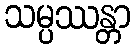
သမ္ပဿန္တာ